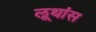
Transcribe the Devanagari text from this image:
लूथांस